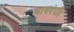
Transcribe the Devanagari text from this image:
माघदंपति